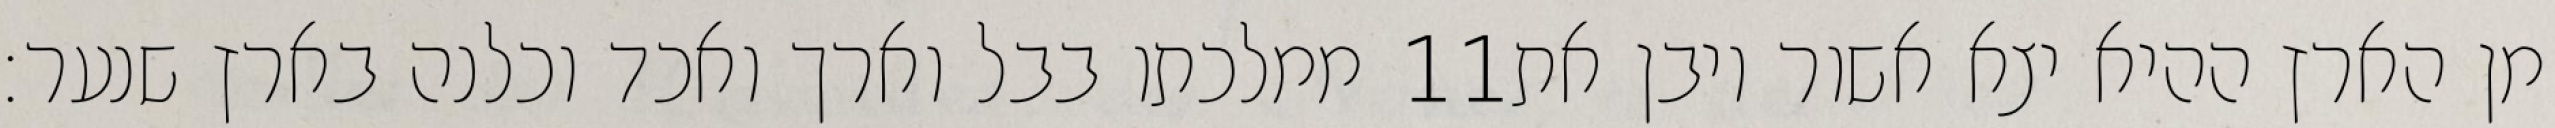
ממלכתו בבל וארך ואכד וכלנה בארץ שנער׃ ‎11‏ מן הארץ ההיא יצא אשור ויבן את